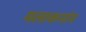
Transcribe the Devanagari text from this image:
मलाकनांग